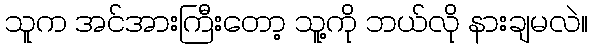
သူက အင်အားကြီးတော့ သူ့ကို ဘယ်လို နားချမလဲ။